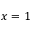
x = 1